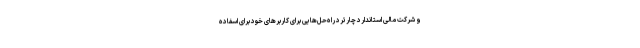
و شرکت مالی استاندارد چارترد راه‌حل‌هایی برای کاربرهای خود برای اسفاده